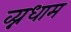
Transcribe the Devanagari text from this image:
व्य्नधाम